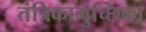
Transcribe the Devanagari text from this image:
तंत्रिकागुच्छिका